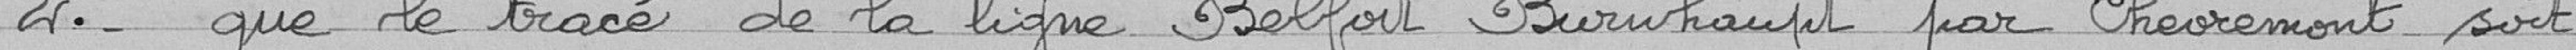
2° - que le tracé de la ligne Belfort Burnhaupt par Chèvremont soit